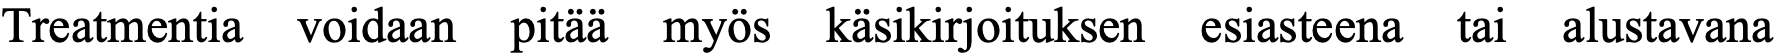
Treatmentia voidaan pitää myös käsikirjoituksen esiasteena tai alustavana